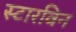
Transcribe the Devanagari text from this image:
स्टारविन